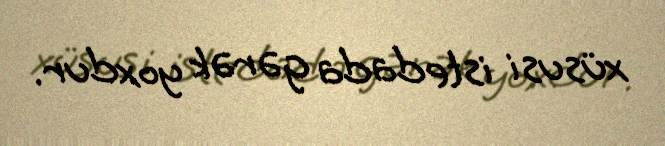
xüsusi istedada gərək yoxdur.